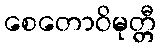
စေတောဝိမုတ္တီ